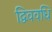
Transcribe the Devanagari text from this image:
द्विववधि